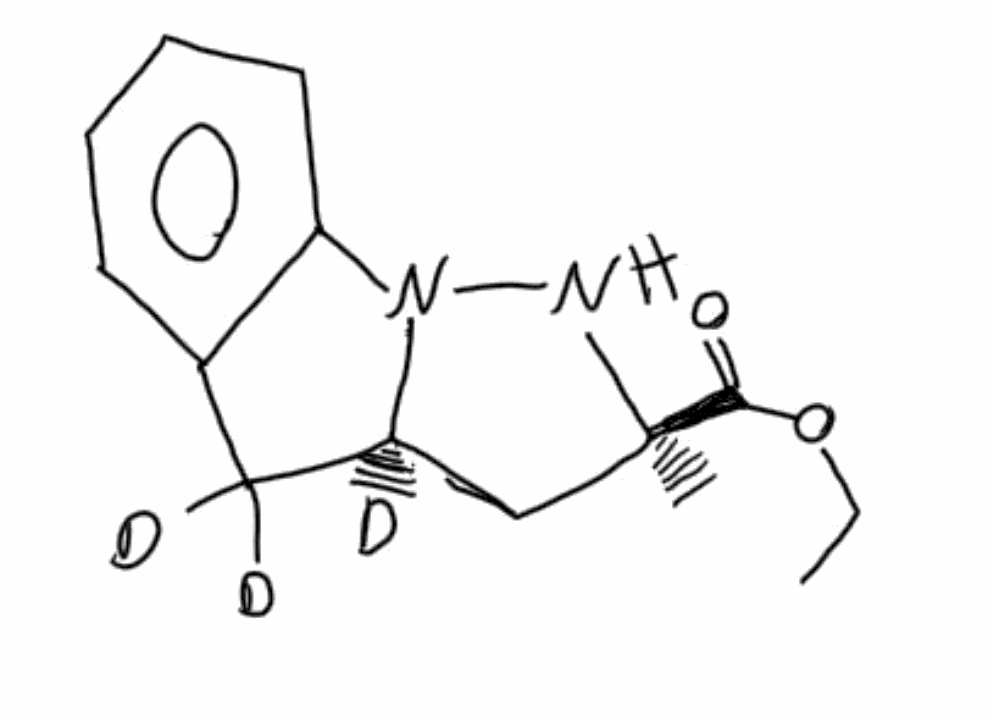
Simplified molecular-input line-entry system (SMILES) notation of the given molecule:
CC(=O)OC/C=C(\F)/S(=O)CC=C(Cl)Cl